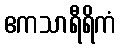
ဧကသာရီရိကံ